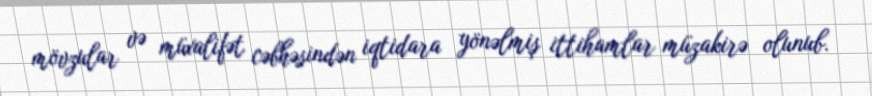
mövzular və müxalifət cəbhəsindən iqtidara yönəlmiş ittihamlar müzakirə olunub.